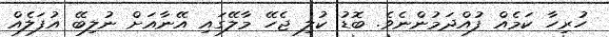
ހުރިހާ ކަމެއް ފުއްދަމުންނެވެ. ބޮޑު ކުލި ޖެހޭ މާލޭގައި އޭނާއަށް ނުލިބޭ އުފަލެއް